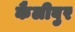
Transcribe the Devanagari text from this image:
कैलीबुर